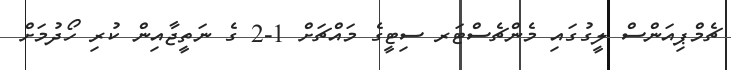
ޗެމްޕިއަންސް ލީގުގައި މެންޗެސްޓަރ ސިޓީގެ މައްޗަށް 1-2 ގެ ނަތީޖާއިން ކުރި ހޯދުމަށް